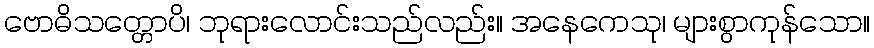
ဗောဓိသတ္တောပိ၊ ဘုရားလောင်းသည်လည်း။ အနေကေသု၊ များစွာကုန်သော။